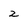
Character: 2